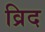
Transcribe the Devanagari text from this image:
व्रिद